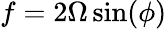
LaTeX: f=2\Omega\sin(\phi)